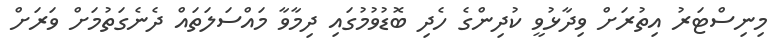
މިނިސްޓަރު އިތުރަށް ވިދާޅުވީ ކުދިންގެ ހެދި ބޮޑުވުމުގައި ދިމާވާ މައްސަލަތައް ދެނެގަތުމަށް ވަރަށް